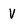
Character: V